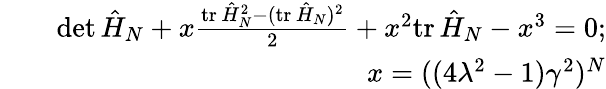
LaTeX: \begin{array}{rlr}&{}&{\operatorname*{det}\hat{H}_{N}+x\frac{\mathrm{tr}\, \hat{H}_{N}^{2}-(\mathrm{tr}\, \hat{H}_{N})^{2}}{2}+x^{2}\mathrm{tr}\, \hat{H}_{N}-x^{3}=0;}\\ &{}&{x=((4\lambda^{2}-1)\gamma^{2})^{N}}\end{array}